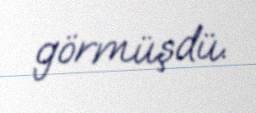
görmüşdü.